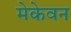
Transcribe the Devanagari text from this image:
मेकेवन